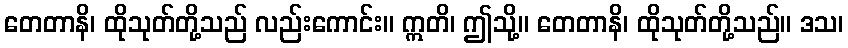
တေတာနိ၊ ထိုသုတ်တို့သည် လည်းကောင်း။ ဣတိ၊ ဤသို့။ တေတာနိ၊ ထိုသုတ်တို့သည်။ ဒသ၊